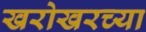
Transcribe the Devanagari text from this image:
खरोखरच्या